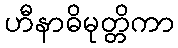
ဟီနာဓိမုတ္တိကာ